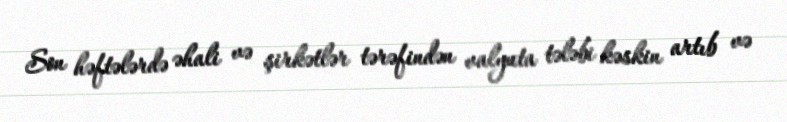
Son həftələrdə əhali və şirkətlər tərəfindən valyuta tələbi kəskin artıb və